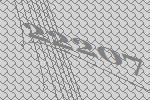
22207